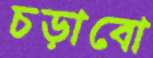
চড়াবো